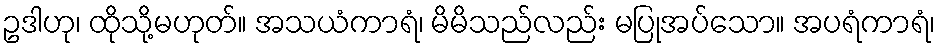
ဥဒါဟု၊ ထိုသို့မဟုတ်။ အသယံကာရံ၊ မိမိသည်လည်း မပြုအပ်သော။ အပရံကာရံ၊